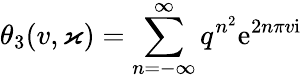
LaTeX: \theta_{3}(v,\varkappa)=\sum_{n=-\infty}^{\infty}q^{n^{2}}\mathrm{e}^{2n\pi v\mathrm{i}}